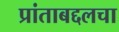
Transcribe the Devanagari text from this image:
प्रांताबद्दलचा